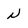
Character: N